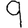
Digit: 9